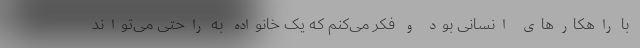
با راهکارهای انسانی بود و فکر می‌کنم که یک خانواده به راحتی می‌تواند